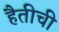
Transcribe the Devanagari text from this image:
हैतीची